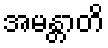
အမန္တာတိ